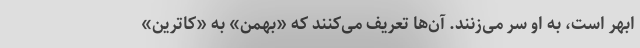
ابهر است، به او سر می‌زنند. آن‌ها تعریف می‌کنند که «بهمن» به «کاترین»